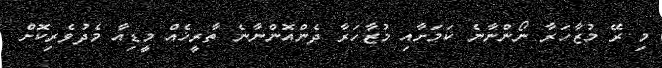
މި ރޭ މުޒާހަރާ ނޯންނާނެ ކަމަށާއި މުޒާހަރާ ދެންއޮންނާނެ ތާރީޚެއް މީޑިއާ މެދުވެރިކޮށް